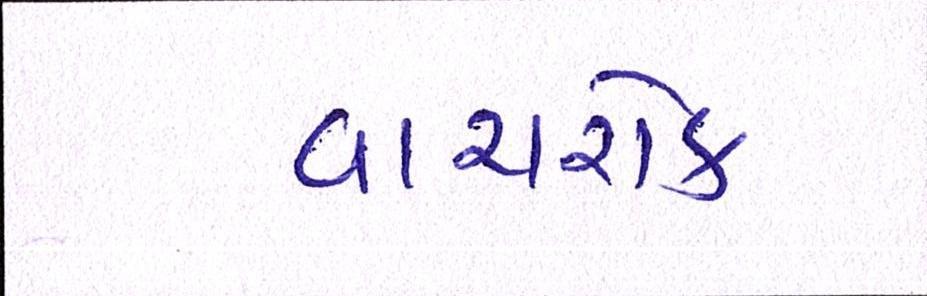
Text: વાયરોક